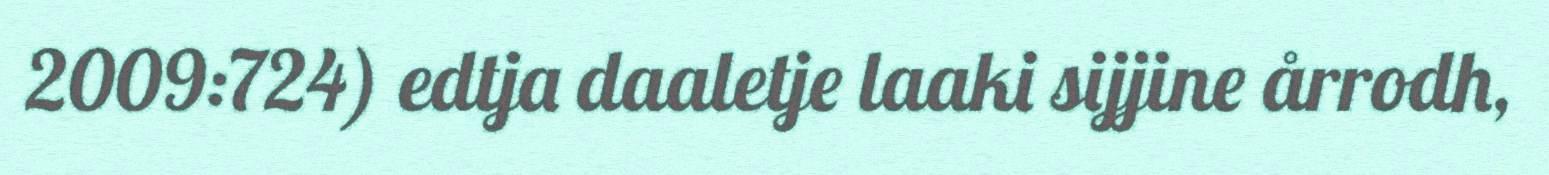
2009:724) edtja daaletje laaki sijjine årrodh,